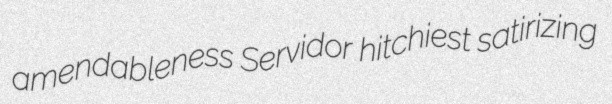
amendableness Servidor hitchiest satirizing